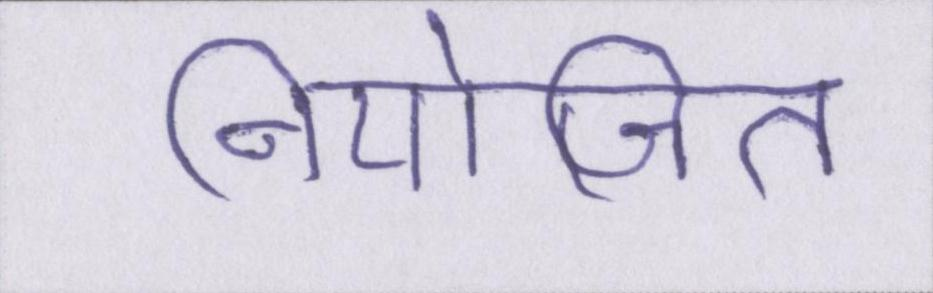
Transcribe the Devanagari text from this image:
नियोजित